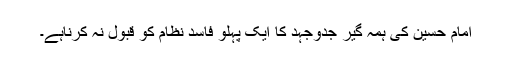
امام حسین کی ہمہ گیر جدوجہد کا ایک پہلو فاسد نظام کو قبول نہ کرناہے۔